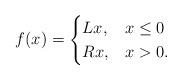
LaTeX: \begin{align*}f(x) = \begin{cases}Lx, & x\leq 0 \\Rx, & x>0.\end{cases}\end{align*}